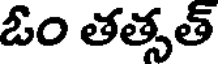
ఓం తత్సత్